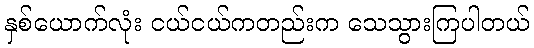
နှစ်ယောက်လုံး ငယ်ငယ်ကတည်းက သေသွားကြပါတယ်